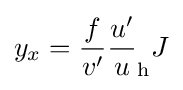
y_{x}={\frac {f}{v'}}{\frac {u'}{u}}_{\mathrm {h} }J